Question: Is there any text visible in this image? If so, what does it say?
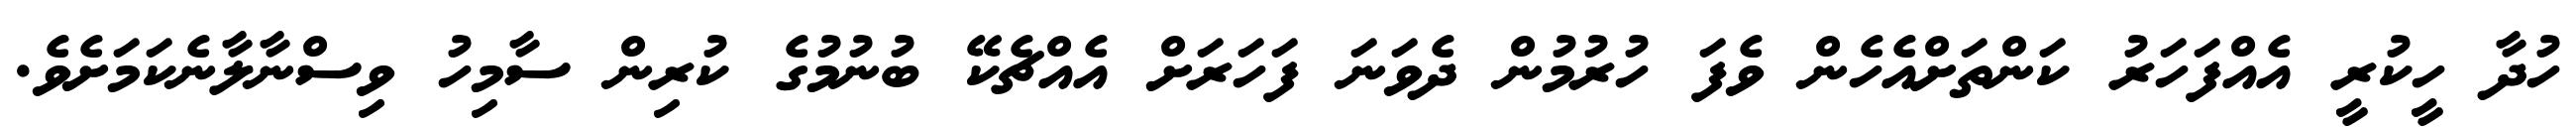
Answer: ހުދާ ހީކުރީ އެއްފަހަރު ކަންތަށްއެހެން ވެފަ ހުރުމުން ދެވަނަ ފަހަރަށް އެއްޗެކޭ ބުނުމުގެ ކުރިން ސާމިހު ވިސްނާލާނެކަމަށެވެ.